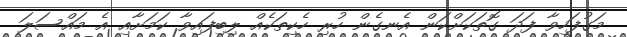
މަގުފަހިވާ ފަދަ ގޮތަކަށްކަން އެނގެން ހުރި ހެކިތަކެއް ލިބިފައިވާ ކަމަށާއި އެ މައްސަލަ